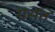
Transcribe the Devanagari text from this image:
ग्रसत